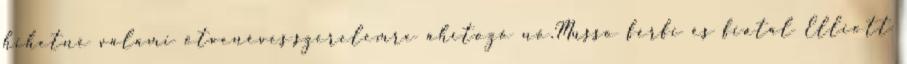
hihetné valami ötvenéves,szerelemre áhítozó nő.Musso férfi és fiatal Elliott